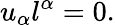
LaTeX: u_{\alpha}l^{\alpha}=0.